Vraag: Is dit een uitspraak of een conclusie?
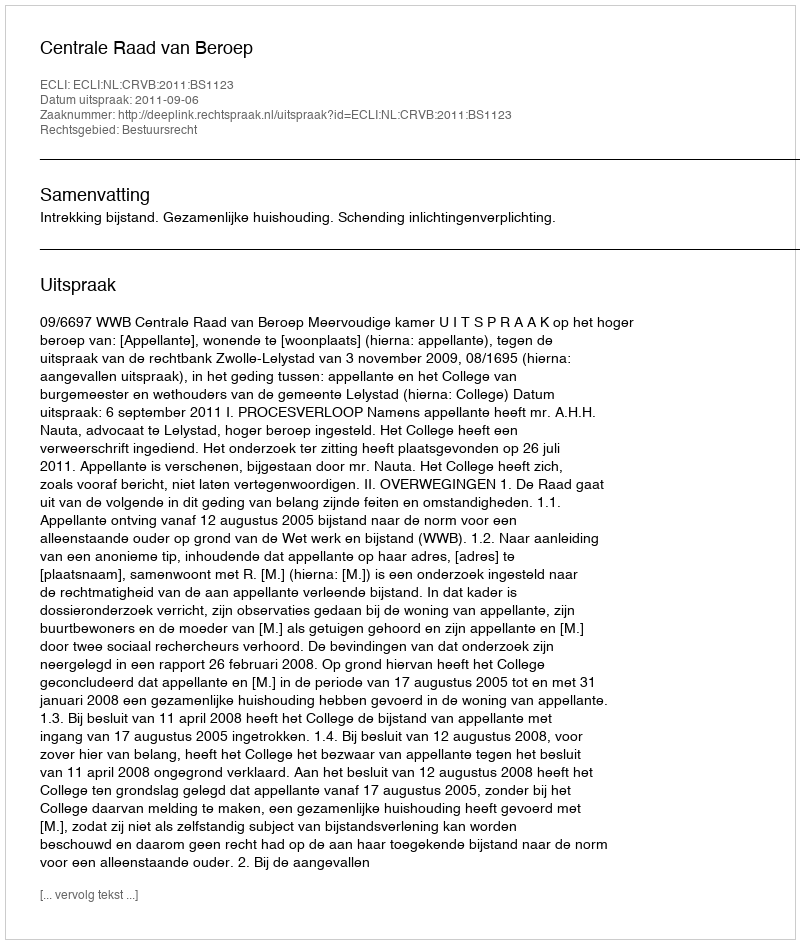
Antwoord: Uitspraak